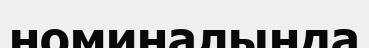
номиналында